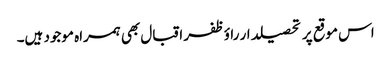
اس موقع پر تحصیلدار راؤظفر اقبال بھی ہمراہ موجود ہیں۔